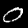
Label: 0